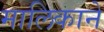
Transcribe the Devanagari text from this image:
मालिकाने